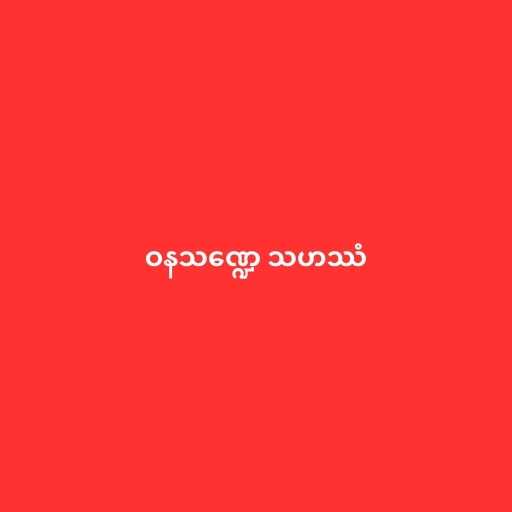
ဝနသဏ္ဍေ သဟဿံ